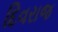
દિવરાજ